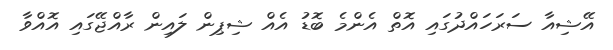
އޭޝިއާ ސަރަހައްދުގައި އޮތް އެންމެ ބޮޑު އެއް ޝިޕިން ލައިން ރާއްޖޭގައި އޮއްވާ